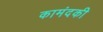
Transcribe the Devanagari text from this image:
कामंदकी